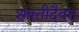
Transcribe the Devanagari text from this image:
शक्तीदैवत